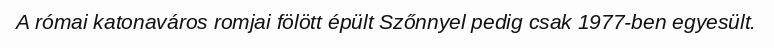
A római katonaváros romjai fölött épült Szőnnyel pedig csak 1977-ben egyesült.